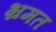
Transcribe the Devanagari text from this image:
भ्रमत